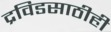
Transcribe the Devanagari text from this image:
द्रविडसाठीही